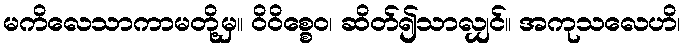
မကိလေသာကာမတို့မှ။ ဝိဝိစ္စေဝ၊ ဆိတ်၍သာလျှင်။ အကုသလေဟိ၊